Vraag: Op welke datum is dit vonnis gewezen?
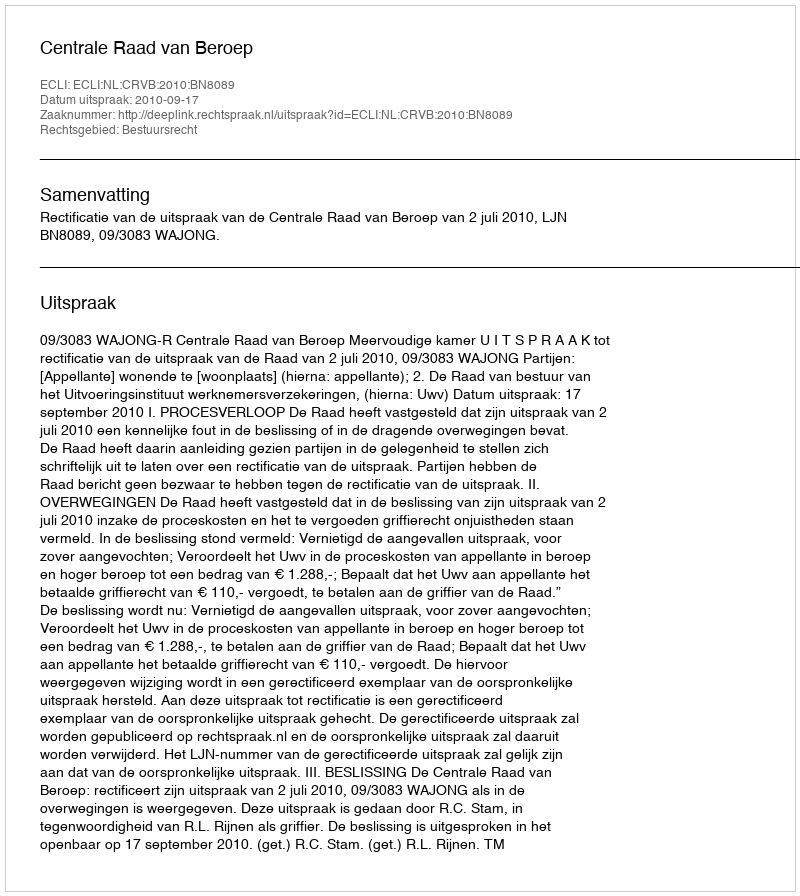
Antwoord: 2010-09-17